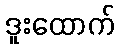
ဒူးထောက်